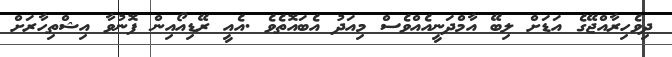
ދިވެހިރާއްޖޭގެ އަޑަށް ލިބޭ އާމްދަނީއެއްވެސް މިއަދު އެބައޮތެވެ .އެއީ ރޭޑިއޯއިން ފޮނުވާ އިޝްތިހާރަށް